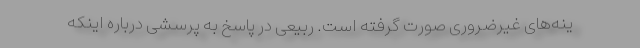
ینه‌های غیرضروری صورت گرفته است. ربیعی در پاسخ به پرسشی درباره اینکه